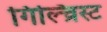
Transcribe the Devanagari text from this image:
गिल्च्रिस्ट